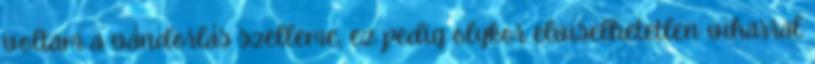
voltam a vándorlás szelleme, ez pedig olykor elviselhetetlen viharral